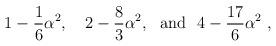
LaTeX: \begin{align*}1-\frac{1}{6}\alpha^2, ~~~ 2-\frac{8}{3}\alpha^2,{}~~{\rm and}~~ 4-\frac{17}{6}\alpha^2\;,\end{align*}